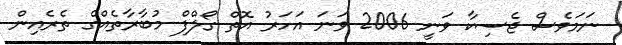
ނަމަވެސް ޖެސިކާ ވަނީ 2006 ވަނަ އަހަރު އޮތް ގޯލްފް މުބާރާތެއްގެ ތެރެއިން